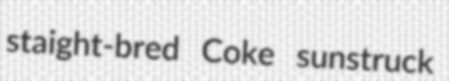
staight-bred Coke sunstruck